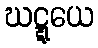
ဃဋ္ဋယေ